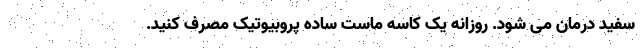
سفید درمان می شود. روزانه یک کاسه ماست ساده پروبیوتیک مصرف کنید.